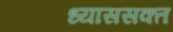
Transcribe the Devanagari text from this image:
ध्याससक्त